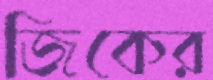
জিকের